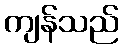
ကျန်သည်